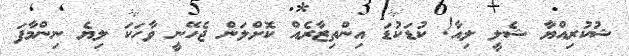
ޝުކުރިއްޔާ ޝެލީ ލިއާ! ކުޑަކުޑަ އިންތިޒާރެއް ކޮށްލަން ޖެހޭނީ ވާހަކަ ލިޔެ ނިންމާފަ